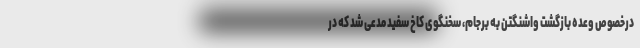
درخصوص وعده بازگشت واشنگتن به برجام، سخنگوی کاخ سفید مدعی شد که در